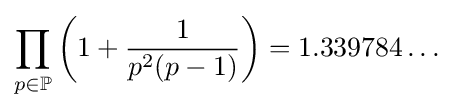
\prod _{p\in \mathbb {P} }\left(1+{\frac {1}{p^{2}(p-1)}}\right)=1.339784\ldots